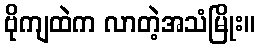
ဗိုကျထဲက လာတဲ့အသံမြိုး။